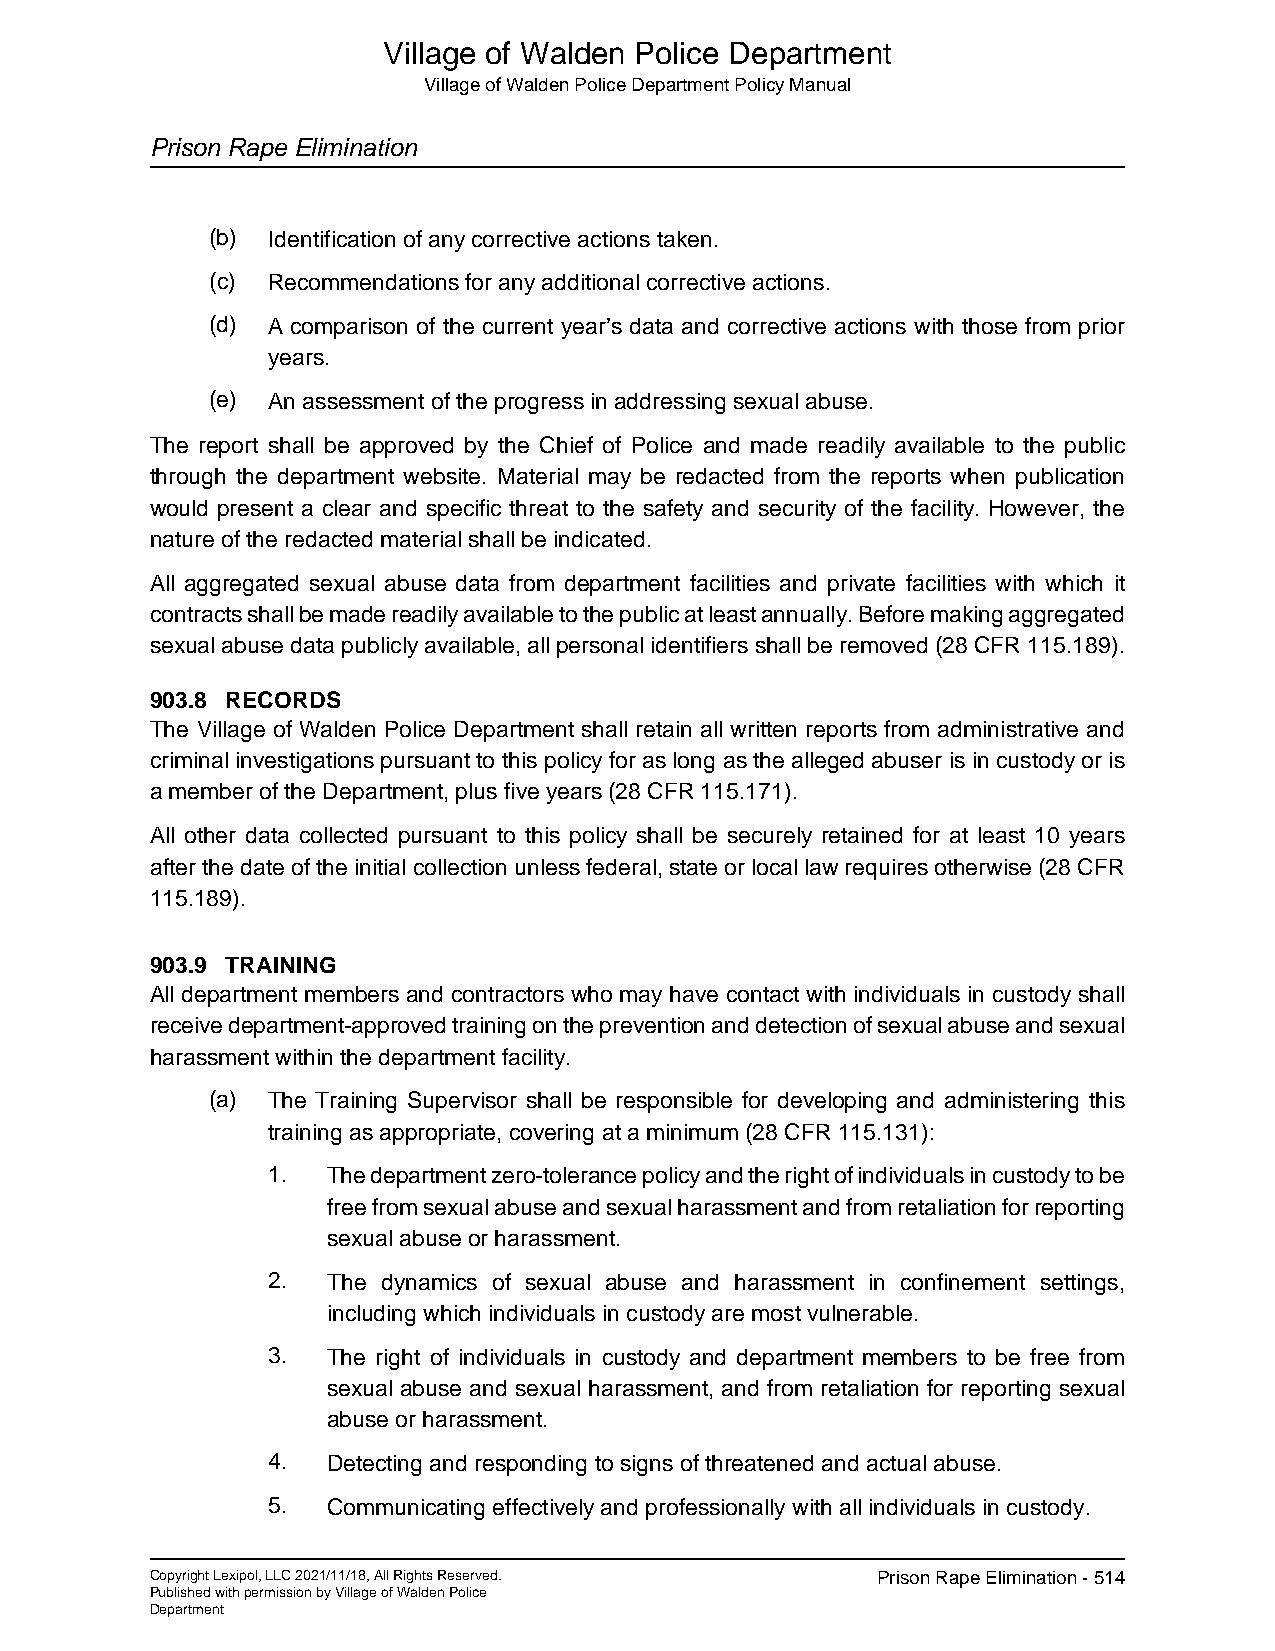
Village of Walden Police Department
 Village of Walden Police Department Policy Manual
 Prison Rape Elimination
 (b) Identification of any corrective actions taken.
 (c) Recommendations for any additional corrective actions.
 (d) A comparison of the current year’s data and corrective actions with those from prior
 years.
 (e) An assessment of the progress in addressing sexual abuse.
 The report shall be approved by the Chief of Police and made readily available to the public
 through the department website. Material may be redacted from the reports when publication
 would present a clear and specific threat to the safety and security of the facility. However, the
 nature of the redacted material shall be indicated.
 All aggregated sexual abuse data from department facilities and private facilities with which it
 contracts shall be made readily available to the public at least annually. Before making aggregated
 sexual abuse data publicly available, all personal identifiers shall be removed (28 CFR 115.189).
 903.8 RECORDS
 The Village of Walden Police Department shall retain all written reports from administrative and
 criminal investigations pursuant to this policy for as long as the alleged abuser is in custody or is
 a member of the Department, plus five years (28 CFR 115.171).
 All other data collected pursuant to this policy shall be securely retained for at least 10 years
 after the date of the initial collection unless federal, state or local law requires otherwise (28 CFR
 115.189).
 903.9 TRAINING
 All department members and contractors who may have contact with individuals in custody shall
 receive department-approved training on the prevention and detection of sexual abuse and sexual
 harassment within the department facility.
 (a) The Training Supervisor shall be responsible for developing and administering this
 training as appropriate, covering at a minimum (28 CFR 115.131):
 1.  The department zero-tolerance policy and the right of individuals in custody to be
 free from sexual abuse and sexual harassment and from retaliation for reporting
 sexual abuse or harassment.
 2.  The dynamics of sexual abuse and harassment in confinement settings,
 including which individuals in custody are most vulnerable.
 3.  The right of individuals in custody and department members to be free from
 sexual abuse and sexual harassment, and from retaliation for reporting sexual
 abuse or harassment.
 4.  Detecting and responding to signs of threatened and actual abuse.
 5.  Communicating effectively and professionally with all individuals in custody.
 Copyright Lexipol, LLC 2021/11/18, All Rights Reserved. Prison Rape Elimination - 514
 Published with permission by Village of Walden Police
 Department